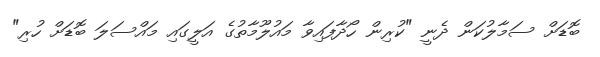
ބޮޑަށް ސަމާލުކަން ދެނީ "ކުރިން ހޯދާފައިވާ މައުލޫމާތުގެ އަލީގައި މައްސަލަ ބޮޑަށް ހުރި"